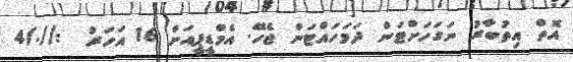
އޮތް އިތުބާރު ނަގަހަށްޓަން ދަމަހައްޓަން ޖެހޭ. އެމްޑީޕީއަށް 16 އަހަރު  ://./4